Vaccination United Provinces of Agra and Oudh 1902-1913 - 1902-1913
Year: 1902
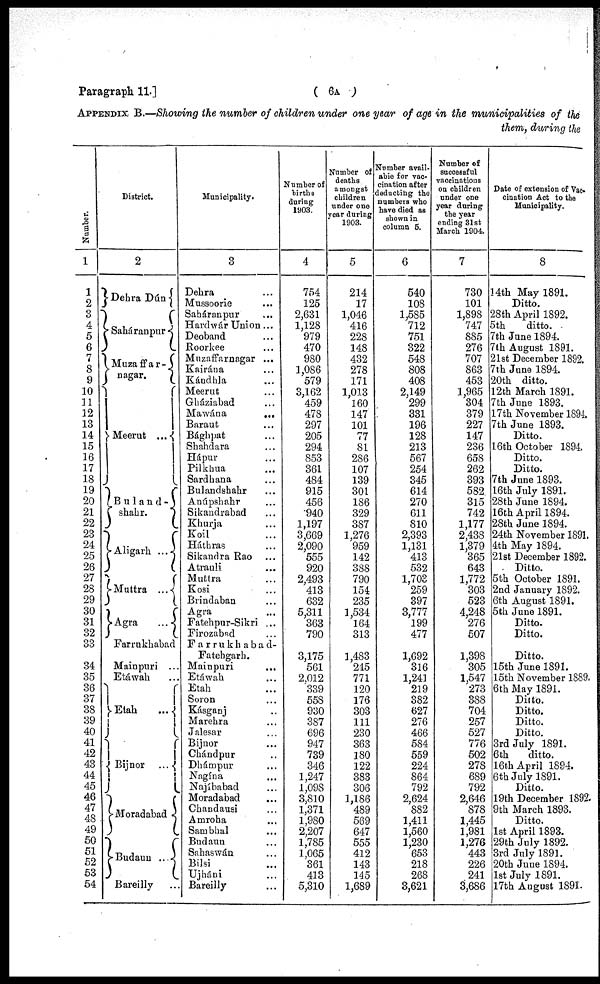
Paragraph 11.]
( 6A )
APPENDIX B.—Showing the number of children under one year of age in the municipalities of the
them, during the
Number.
1
1
2
3
4
5
6
7
8
9
10
11
12
13
14
15
16
17
18
19
20
21
22
23
24
25
26
27
28
29
30
31
32
33
34
35
36
37
38
39
40
41
42
43
44
45
46
47
48
49
50
51
52
53
54
District.
2
Dehra Dún
Saháranpur
Muzaffar¬
nagar.
Meerut ...
Buland¬
shahr.
Aligarh ...
Muttra ...
Agra
...
Farrukhabad
Mainpuri ...
Etáwah
Etah
...
Bijnor
...
Moradabad
Budaun ...
Bareilly
Municipality.
3
Dehra ...
Mussoorie ...
Saháranpur
...
Hardwár Union ...
Deoband ...
Roorkee ...
Muzaffarnagar ...
Kairána ...
Kándhla ...
Meerut ...
Gháziabad ...
Mawána
...
Baraut ...
Bághpat ...
Shahdara ...
Hápur ...
Pilkhua ...
Sardhana ...
Bulandshahr ...
Anúpshahr ...
Sikandrabad ...
Khurja ...
Koil ...
Háthras ...
Sikandra Rao ...
Atrauli ...
Muttra ...
Kosi ...
Brindaban ...
Agra ...
Fatehpur-Sikri ...
Firozabad ...
Farrukhabad-
Fatehgarh.
Mainpuri ...
Etáwah ...
Etah ...
Soron ...
Kásganj ...
Marehra ...
Jalesar ...
Bijnor ...
Chándpur ...
Dhámpur ...
Nagína ...
Najíbabad ...
Moradabad ...
Chandausi ...
Amroha ...
Sambhal ...
Budaun ...
Sahaswán ...
Bilsi ...
Ujháni ...
Bareilly ...
Number of
births
during
1903.
4
754
125
2,631
1,128
979
470
980
1,086
579
3,162
459
478
297
205
294
853
361
484
915
456
940
1,197
3,669
2,090
555
920
2,493
413
632
5,311
363
790
3,175
561
2,012
339
558
930
387
696
947
739
346
1,247
1,098
3,810
1,371
1,980
2,207
1,785
1,065
361
413
5,310
Number of
deaths
amongst
children
under one
year during
1903.
5
214
17
1,046
416
228
148
432
278
171
1,013
160
147
101
77
81
286
107
139
301
186
329
387
1,276
959
142
388
790
154
235
1,534
164
313
1,483
245
771
120
176
303
111
230
363
180
122
383
306
1,186
489
569
647
555
412
143
145
1,689
Number avail-
able for vac-
cination after
deducting the
numbers who
have died as
shown in
column 5.
6
540
108
1,585
712
751
322
548
808
408
2,149
299
331
196
128
213
567
254
345
614
270
611
810
2,393
1,131
413
532
1,703
259
397
3,777
199
477
1,692
316
1,241
219
382
627
276
466
584
559
224
864
792
2,624
882
1,411
1,560
1,230
653
218
268
3,621
Number of
successful
vaccinations
on children
under one
year during
the year
ending 31st
March 1904.
7
730
101
1,898
747
885
276
707
863
453
1,965
304
379
227
147
236
658
262
393
582
315
742
1,177
2,438
1,379
365
643
1,772
303
523
4,248
276
507
1,398
305
1,547
273
388
704
257
527
776
502
278
689
792
2,646
878
1,445
1,981
1,276
443
226
241
3,686
Date of extension of Vac¬
cination Act to the
Municipality.
8
14th May 1891.
Ditto.
28th April 1892.
5th
ditto.
7th June 1894.
7th August 1891.
21st December 1892.
7th June 1894.
20th ditto.
12th March 1891.
7th June 1893.
17th November 1894.
7th June 1893.
Ditto.
16th October 1894.
Ditto.
Ditto.
7th June 1893.
16th July 1891.
28th June 1894.
16th April 1894.
28th June 1894.
24th November 1891.
4th May 1894.
21st December 1892.
Ditto.
5th October 1891.
2nd January 1892.
6th August 1891.
5th June 1891.
Ditto.
Ditto.
Ditto.
15th June 1891.
15th November 1889.
6th May 1891.
Ditto.
Ditto.
Ditto.
Ditto.
3rd July 1891.
6th
ditto.
16th April 1894.
6th July 1891.
Ditto.
19th December 1892.
9th March 1893.
Ditto.
1st April 1893.
29th July 1892.
3rd July 1891.
20th June 1894.
1st July 1891.
17th August 1891.